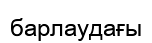
барлаудағы